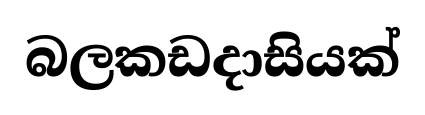
බලකඩදාසියක්